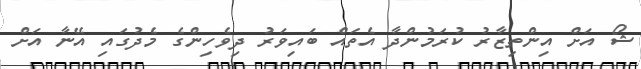
ޝޯ އަށް އިންތިޒާރު ކުރަމުންދާ އެތައް ބައިވަރު ދިވެހިންގެ މެދުގައި އޭނާ އަށް